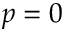
p = 0